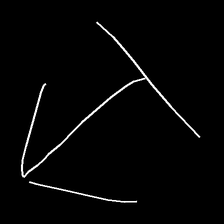
Glyph: levitation